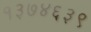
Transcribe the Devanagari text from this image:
१३७४६३९